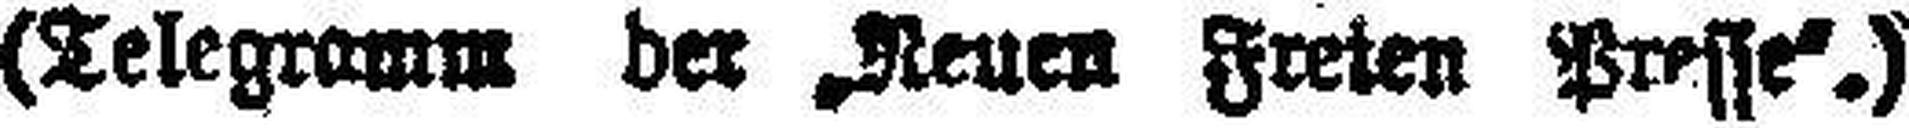
(Telegramm der „Neuen Freien Presse“.)